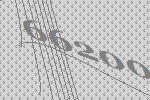
66200